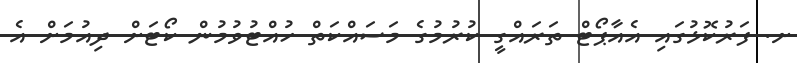
ށ. ފަރުކޮޅުގައި އެއާޕޯޓް ތަރައްގީ ކުރުމުގެ މަސައްކަތް ހުއްޓުވުމުން ކޯޓަށް ދިއުމަށް އެ